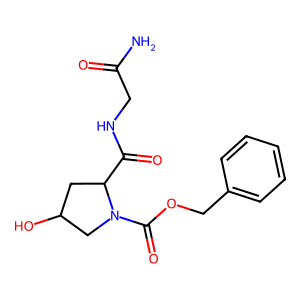
SMILES: NC(=O)CNC(=O)C1CC(O)CN1C(=O)OCc1ccccc1
Inhibits HIV replication: No